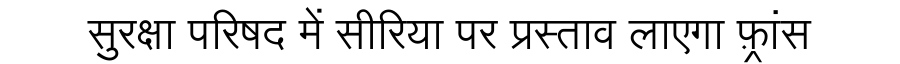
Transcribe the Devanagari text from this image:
सुरक्षा परिषद में सीरिया पर प्रस्ताव लाएगा फ़्रांस